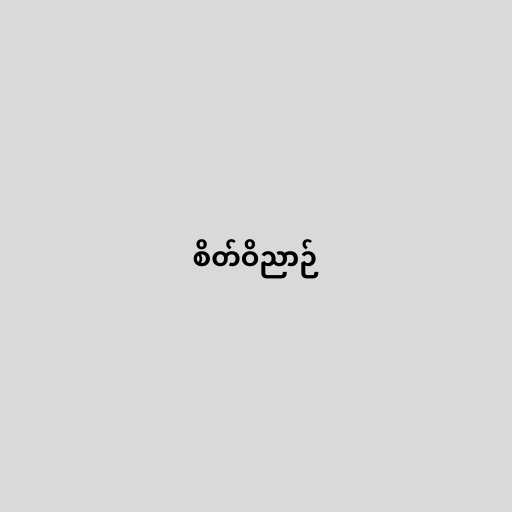
စိတ်ဝိညာဉ်